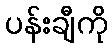
ပန်းချီကို